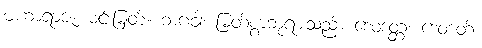
မဟာရာဇ၊ မင်းမြတ်။ ဘဂဝါ၊ မြတ်စွာဘုရားသည်။ ဒေဝဒတ္တံ၊ ဒေဝဒတ်